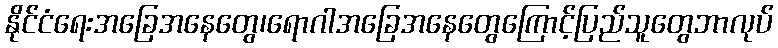
နိုင်ငံရေးအခြေအနေတွေ၊ရောဂါအခြေအနေတွေကြောင့်ပြည်သူတွေဘာလုပ်